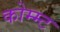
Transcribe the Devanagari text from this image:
कोम्म्ट